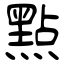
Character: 㸃